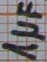
Text: 1µF